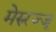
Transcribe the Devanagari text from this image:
मेरुरज्जू